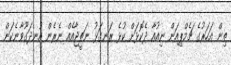
ތިން އަހަރުގެ ޗެމްޕިއަން ނިއުއާ ދެކޮޅަށް ކުޅެ ރަނގަޅު ނަތީޖާއެއް ނެރެން އުނދަގޫވާނެކަން